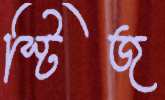
স্টিজ